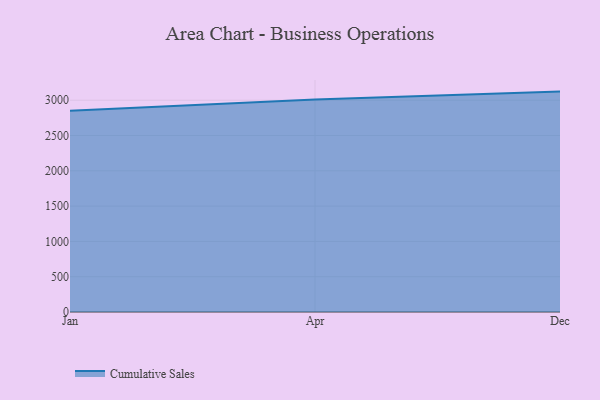
{"axis": {"x": "Month", "y": "Revenue (USD Million)"}, "legend": ["Cumulative Sales"], "data": [{"x": "Jan", "y": 2848.7, "type": "Cumulative Sales"}, {"x": "Apr", "y": 3009.3, "type": "Cumulative Sales"}, {"x": "Dec", "y": 3121.7, "type": "Cumulative Sales"}]}